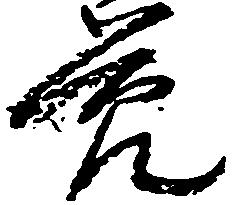
節